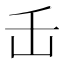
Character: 𬼈